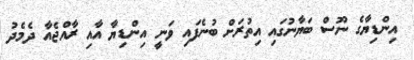
އިންޑިޔާގެ ނޫސް ބަޔާނުގައި އިތުރަށް ބުނެފައި ވަނީ އިންޑިޔާ އާއި ރާއްޖެއާ ދެމެދު